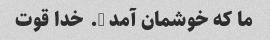
ما که خوشمان آمد …. خدا قوت